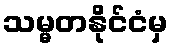
သမ္မတနိုင်ငံမှ